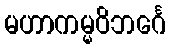
မဟာကမ္မဝိဘင်္ဂေ